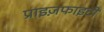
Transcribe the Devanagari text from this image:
प्राइज़फाइटों